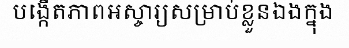
បង្កើតភាពអស្ចារ្យសម្រាប់ខ្លួនឯងក្នុង